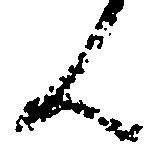
ん